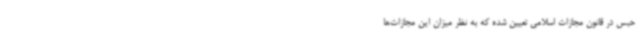
حبس در قانون مجازات اسلامی تعیین شده که به نظر میزان این مجازات‌ها